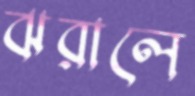
ঝরালে